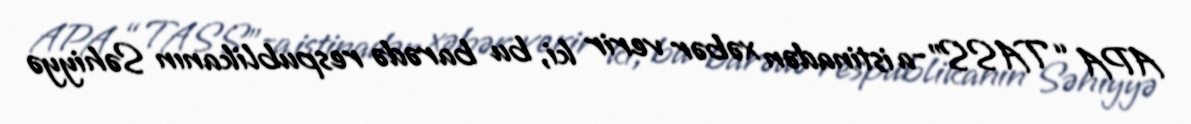
APA “TASS”-a istinadən xəbər verir ki, bu barədə respublikanın Səhiyyə